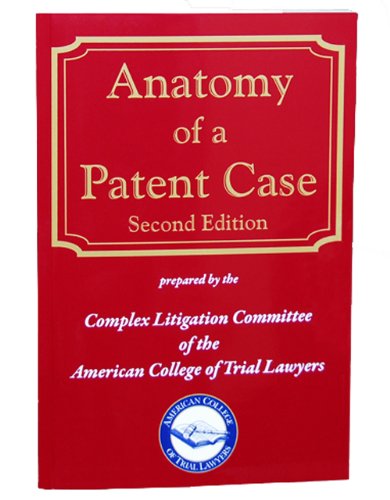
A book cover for Anatomy of a Patent Case, Second Edition; The American College of Trial Lawyers; Law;